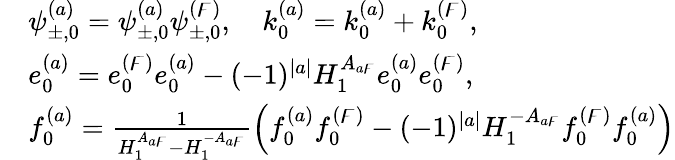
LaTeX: \begin{array}{rl}&{\psi_{\pm,0}^{(a)}=\psi_{\pm,0}^{(a)}\psi_{\pm,0}^{(\digamma)},\quad k_{0}^{(a)}=k_{0}^{(a)}+k_{0}^{(\digamma)},}\\ &{e_{0}^{(a)}=e_{0}^{(\digamma)}e_{0}^{(a)}-(-1)^{|a|}H_{1}^{A_{a\digamma}}e_{0}^{(a)}e_{0}^{(\digamma)},}\\ &{f_{0}^{(a)}=\frac{1}{H_{1}^{A_{a\digamma}}-H_{1}^{-A_{a\digamma}}}\left(f_{0}^{(a)}f_{0}^{(\digamma)}-(-1)^{|a|}H_{1}^{-A_{a\digamma}}f_{0}^{(\digamma)}f_{0}^{(a)}\right)}\end{array}